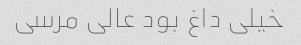
خیلی داغ بود عالی مرسی